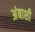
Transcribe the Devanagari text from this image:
अंबाशी